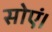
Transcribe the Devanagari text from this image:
सोएं।